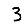
Digit: 3